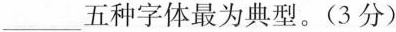
___五种字体最为典型。(3分)